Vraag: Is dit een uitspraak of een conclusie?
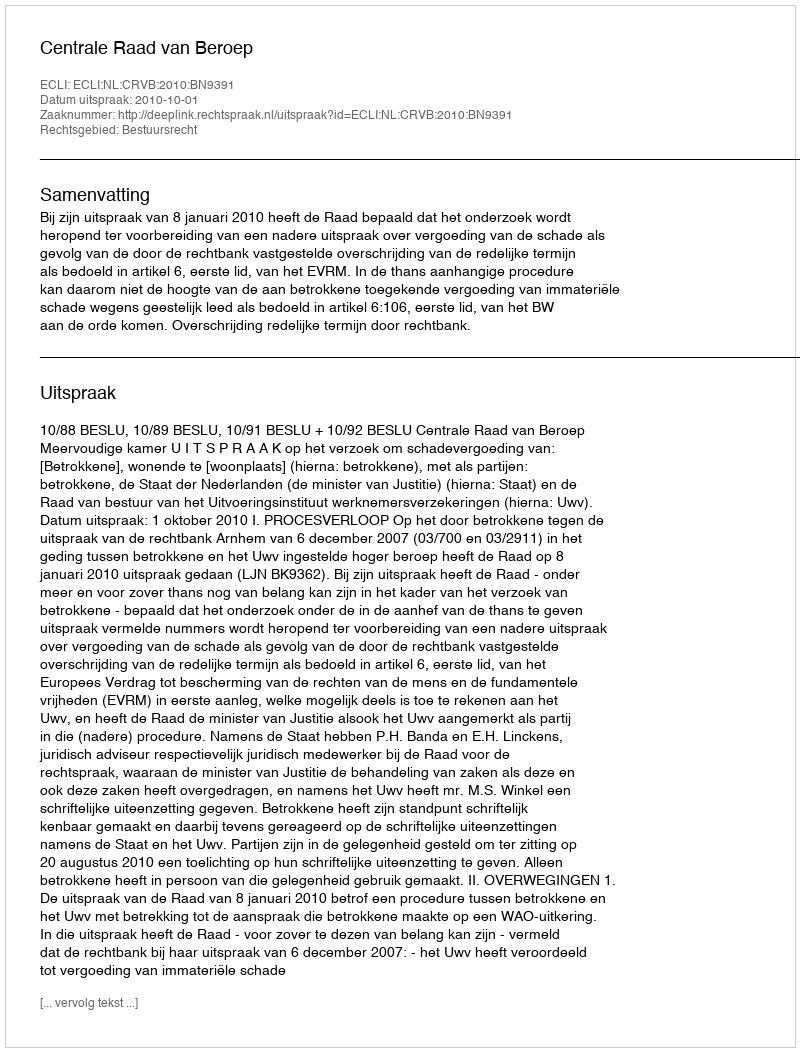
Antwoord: Uitspraak